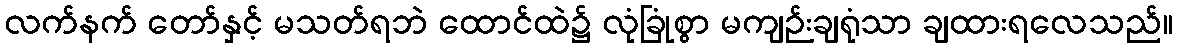
လက်နက် တော်နှင့် မသတ်ရဘဲ ထောင်ထဲ၌ လုံခြုံစွာ မကျဉ်းချရုံသာ ချထားရလေသည်။